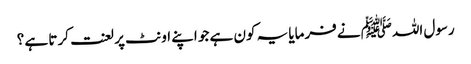
رسول اللہﷺ نے فرمایا یہ کون ہے جو اپنے اونٹ پر لعنت کرتا ہے ؟